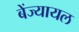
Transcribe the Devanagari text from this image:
बेंज्यायल